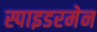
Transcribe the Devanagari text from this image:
स्पाइडरमेन